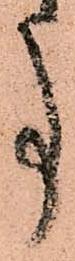
事